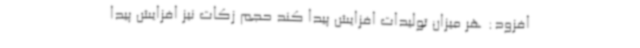
افزود: هر میزان تولیدات افزایش پیدا ‌کند حجم زکات نیز افزایش پیدا